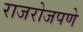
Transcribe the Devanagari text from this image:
राजरोजपणे